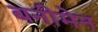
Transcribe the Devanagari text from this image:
बनीमेन